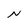
Character: N